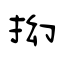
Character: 抝